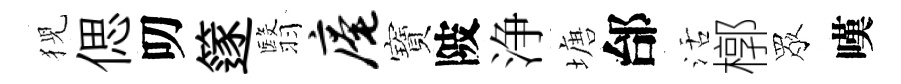
猊偲叨篴翳庵寶陂浄塘邰活槨眾嘆